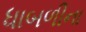
ધાબળીના